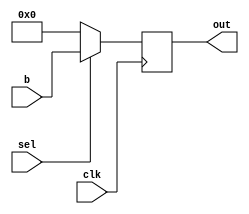
module mux2x1 (
	input [11:0] b,
	input 		sel,
	input 		clk,
	output reg [11:0] out
	);
	
	reg [11:0] a;
	
	initial a = 0;
	
	always @(posedge clk)
		if (sel == 0)
			out <= a;
		else
			out <= b;

endmodule